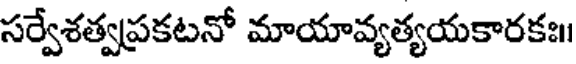
సర్వేశత్వప్రకటనో మాయావ్యత్యయకారకః॥